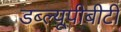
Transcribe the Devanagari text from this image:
डब्ल्यूपीबीटी